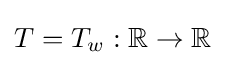
T=T_{w}:\mathbb {R} \to \mathbb {R}